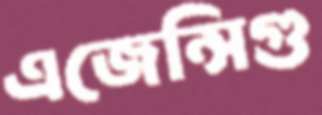
এজেন্সিগু